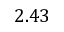
2 . 4 3